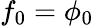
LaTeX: f_{0}=\phi_{0}